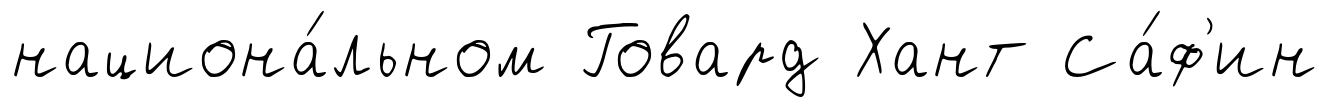
национа́льном Говард Хант Са́ф'ин